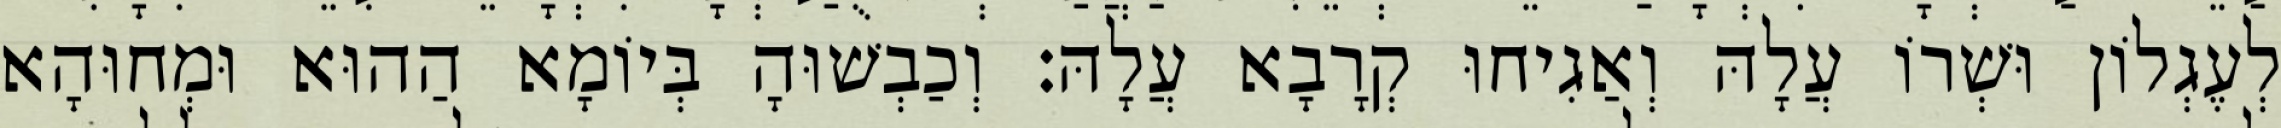
לְעֶגְלוֹן וּשְׁרוֹ עֲלָהּ וְאַגִיחוּ קְרָבָא עֲלָהּ׃ וְכַבְשׁוּהָ בְּיוֹמָא הַהוּא וּמְחוּהָא